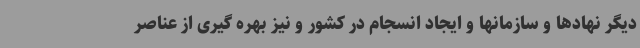
دیگر نهادها و سازمانها و ایجاد انسجام در کشور و نیز بهره گیری از عناصر